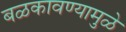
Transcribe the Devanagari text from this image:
बळकावण्यामुळे